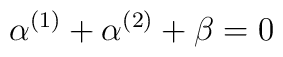
\alpha^{(1)}+\alpha^{(2)}+ \beta=0